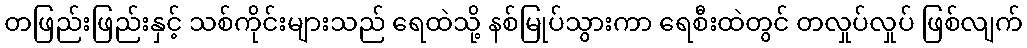
တဖြည်းဖြည်းနှင့် သစ်ကိုင်းများသည် ရေထဲသို့ နစ်မြုပ်သွားကာ ရေစီးထဲတွင် တလှုပ်လှုပ် ဖြစ်လျက်